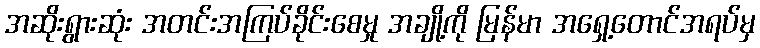
အဆိုးရွားဆုံး အတင်းအကြပ်ခိုင်းစေမှု အချို့ကို မြန်မာ အရှေ့တောင်အရပ်မှ